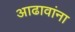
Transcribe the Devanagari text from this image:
आढावांना